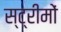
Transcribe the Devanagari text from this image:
स्ट्रीमों